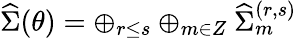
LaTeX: {\widehat\Sigma}(\theta)=\oplus_{r\leq s}\oplus_{m\in Z}{\widehat\Sigma}_{m}^{(r,s)}